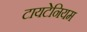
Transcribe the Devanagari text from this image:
टायटेनियम